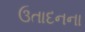
ઉતાદનના